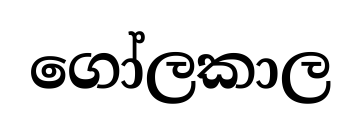
ගෝලකාල